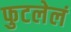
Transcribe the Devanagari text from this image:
फुटलेलं